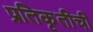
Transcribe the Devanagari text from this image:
प्रतिकृतीची